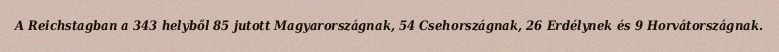
A Reichstagban a 343 helyből 85 jutott Magyarországnak, 54 Csehországnak, 26 Erdélynek és 9 Horvátországnak.